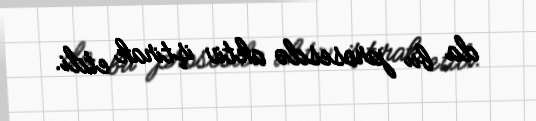
da bu prosesdə aktiv iştirak etdi.